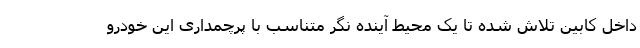
داخل کابین تلاش شده تا یک محیط آینده نگر متناسب با پرچمداری این خودرو